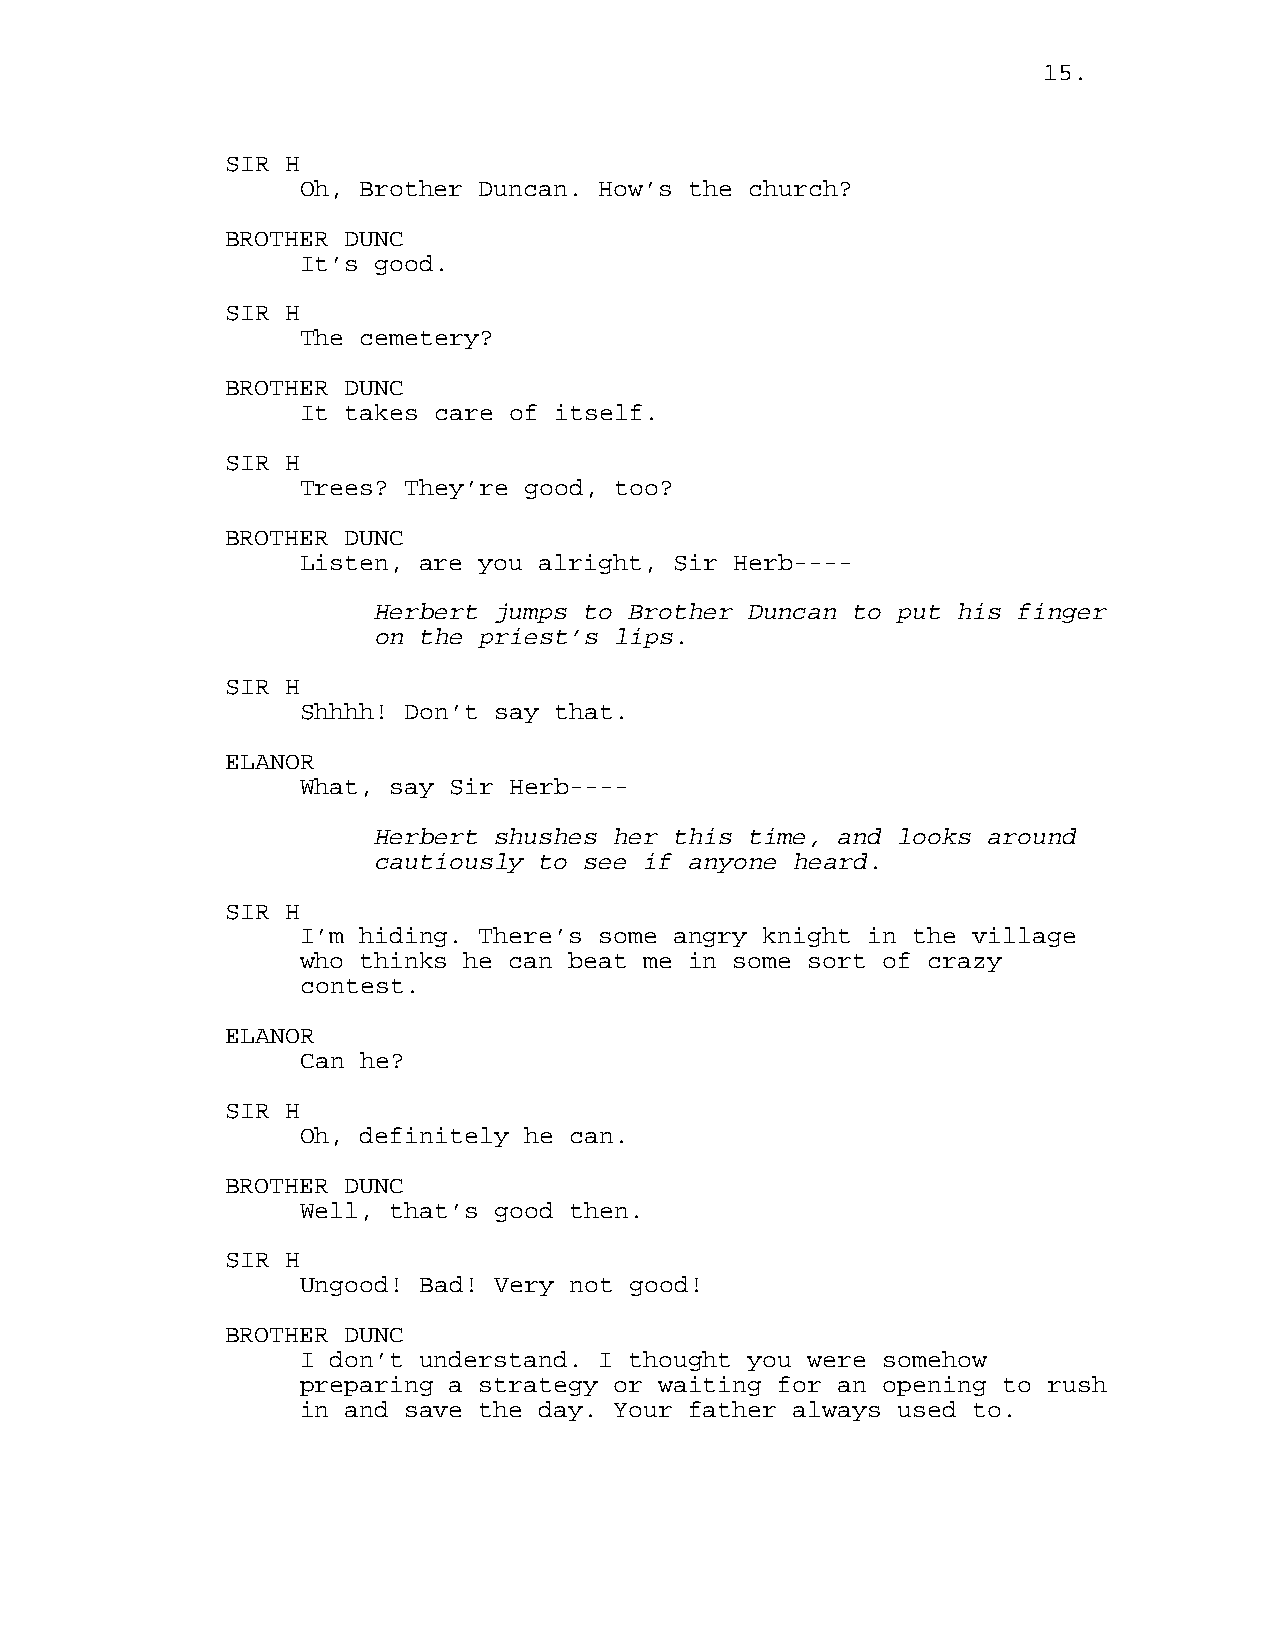
15.
 SIR H
 Oh, Brother Duncan. How’s the church?
 BROTHER DUNC
 It’s good.
 SIR H
 The cemetery?
 BROTHER DUNC
 It takes care of itself.
 SIR H
 Trees? They’re good, too?
 BROTHER DUNC
 Listen, are you alright, Sir Herb----
 Herbert jumps to Brother Duncan to put his finger
 on the priest’s lips.
 SIR H
 Shhhh! Don’t say that.
 ELANOR
 What, say Sir Herb----
 Herbert shushes her this time, and looks around
 cautiously to see if anyone heard.
 SIR H
 I’m hiding. There’s some angry knight in the village
 who thinks he can beat me in some sort of crazy
 contest.
 ELANOR
 Can he?
 SIR H
 Oh, definitely he can.
 BROTHER DUNC
 Well, that’s good then.
 SIR H
 Ungood! Bad! Very not good!
 BROTHER DUNC
 I don’t understand. I thought you were somehow
 preparing a strategy or waiting for an opening to rush
 in and save the day. Your father always used to.